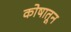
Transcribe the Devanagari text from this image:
कोषातून